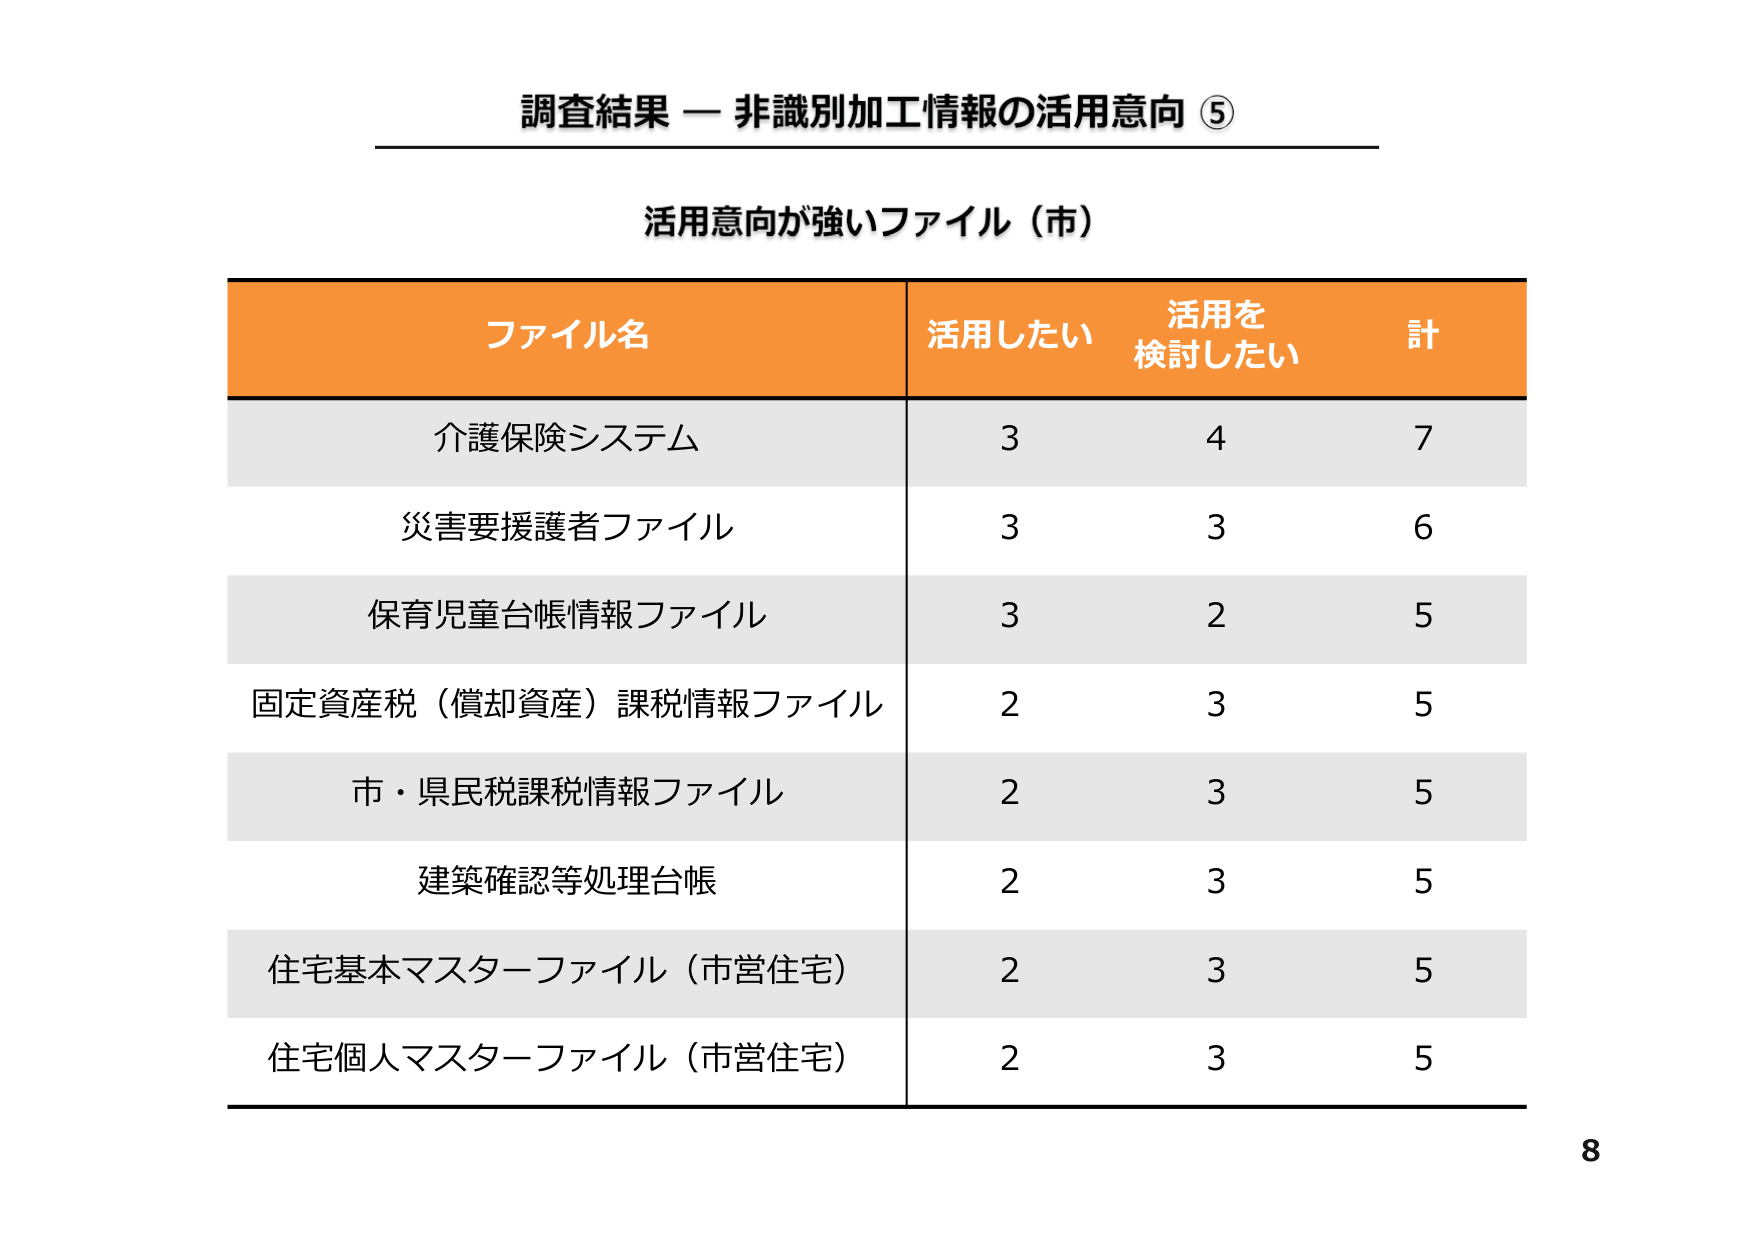
調査結果 — 非識別加工情報の活用意向 ⑤

活用意向が強いファイル（市）

ファイル名　　　　　　　　　　　　　活用したい　　活用を検討したい　　計
介護保険システム　　　　　　　　　　　　3　　　　　　4　　　　　　7
災害要援護者ファイル　　　　　　　　　　3　　　　　　3　　　　　　6
保育児童台帳情報ファイル　　　　　　　　3　　　　　　2　　　　　　5
固定資産税（償却資産）課税情報ファイル　2　　　　　　3　　　　　　5
市・県民税課税情報ファイル　　　　　　2　　　　　　3　　　　　　5
建築確認等処理台帳　　　　　　　　　　2　　　　　　3　　　　　　5
住宅基本マスターファイル（市営住宅）　　2　　　　　　3　　　　　　5
住宅個人マスターファイル（市営住宅）　　2　　　　　　3　　　　　　5

8